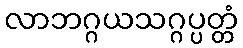
လာဘဂ္ဂယသဂ္ဂပ္ပတ္တံ